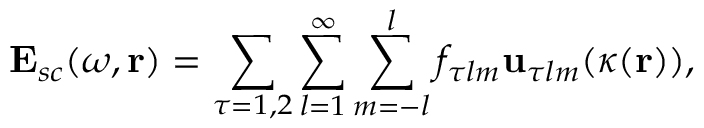
\mathbf { E } _ { s c } ( \omega , \mathbf { r } ) = \sum _ { \tau = 1 , 2 } \sum _ { l = 1 } ^ { \infty } \sum _ { m = - l } ^ { l } f _ { \tau l m } \mathbf { u } _ { \tau l m } ( \kappa ( \mathbf { r } ) ) ,